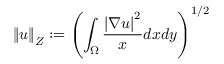
\left\Vert u \right\Vert _ { Z } : = \left( \int _ { \Omega } \frac { \left| \nabla u \right| ^ { 2 } } { x } d x d y \right) ^ { 1 / 2 }